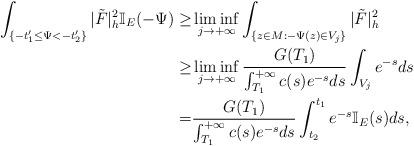
LaTeX: \begin{align*}\int_{\{-t'_1\le\Psi<-t'_2\}}|\tilde{F}|^2_h\mathbb{I}_E(-\Psi)\ge&\liminf_{j\to+\infty}\int_{\{z\in M:-\Psi(z)\in V_j\}}|\tilde{F}|^2_h\\\ge&\liminf_{j\to+\infty}\frac{G(T_1)}{\int_{T_1}^{+\infty}c(s)e^{-s}ds}\int_{V_j}e^{-s}ds\\=&\frac{G(T_1)}{\int_{T_1}^{+\infty}c(s)e^{-s}ds}\int_{t_2}^{t_1}e^{-s}\mathbb{I}_E(s)ds,\end{align*}